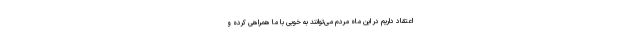
اعتقاد داریم در این ماه مردم می‌توانند به خوبی با ما همراهی کرده و